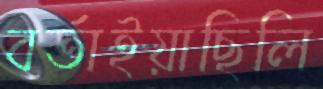
বর্তাইয়াছিলি